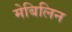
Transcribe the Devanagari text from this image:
मेबिलिन